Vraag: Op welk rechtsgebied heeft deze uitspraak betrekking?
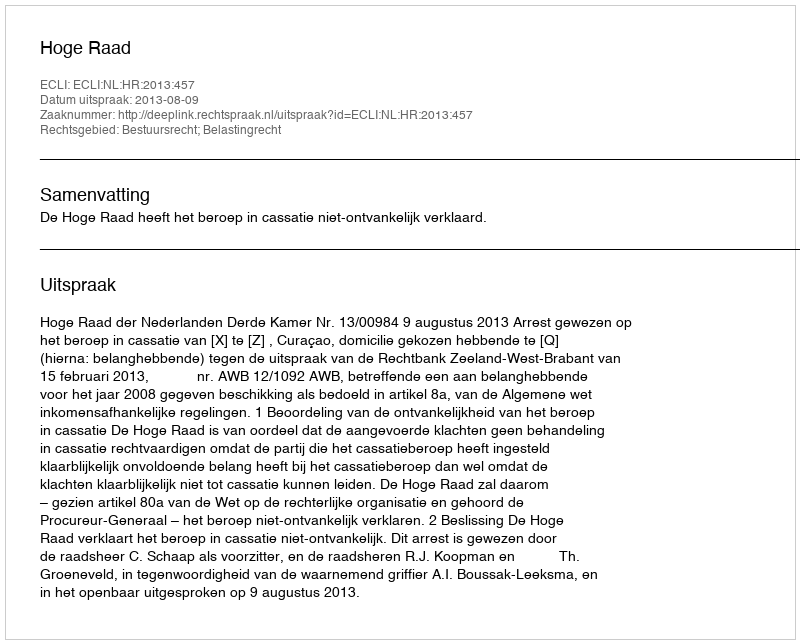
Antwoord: Bestuursrecht; Belastingrecht